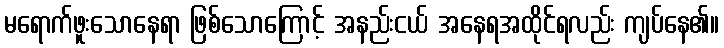
မရောက်ဖူးသောနေရာ ဖြစ်သောကြောင့် အနည်းငယ် အနေရအထိုင်ရလည်း ကျပ်နေ၏။